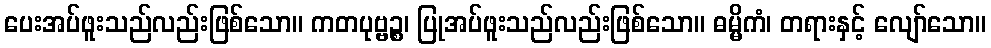
ပေးအပ်ဖူးသည်လည်းဖြစ်သော။ ကတပုဗ္ဗဉ္စ၊ ပြုအပ်ဖူးသည်လည်းဖြစ်သော။ ဓမ္မိကံ၊ တရားနှင့် လျော်သော။